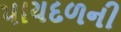
પાયદળની